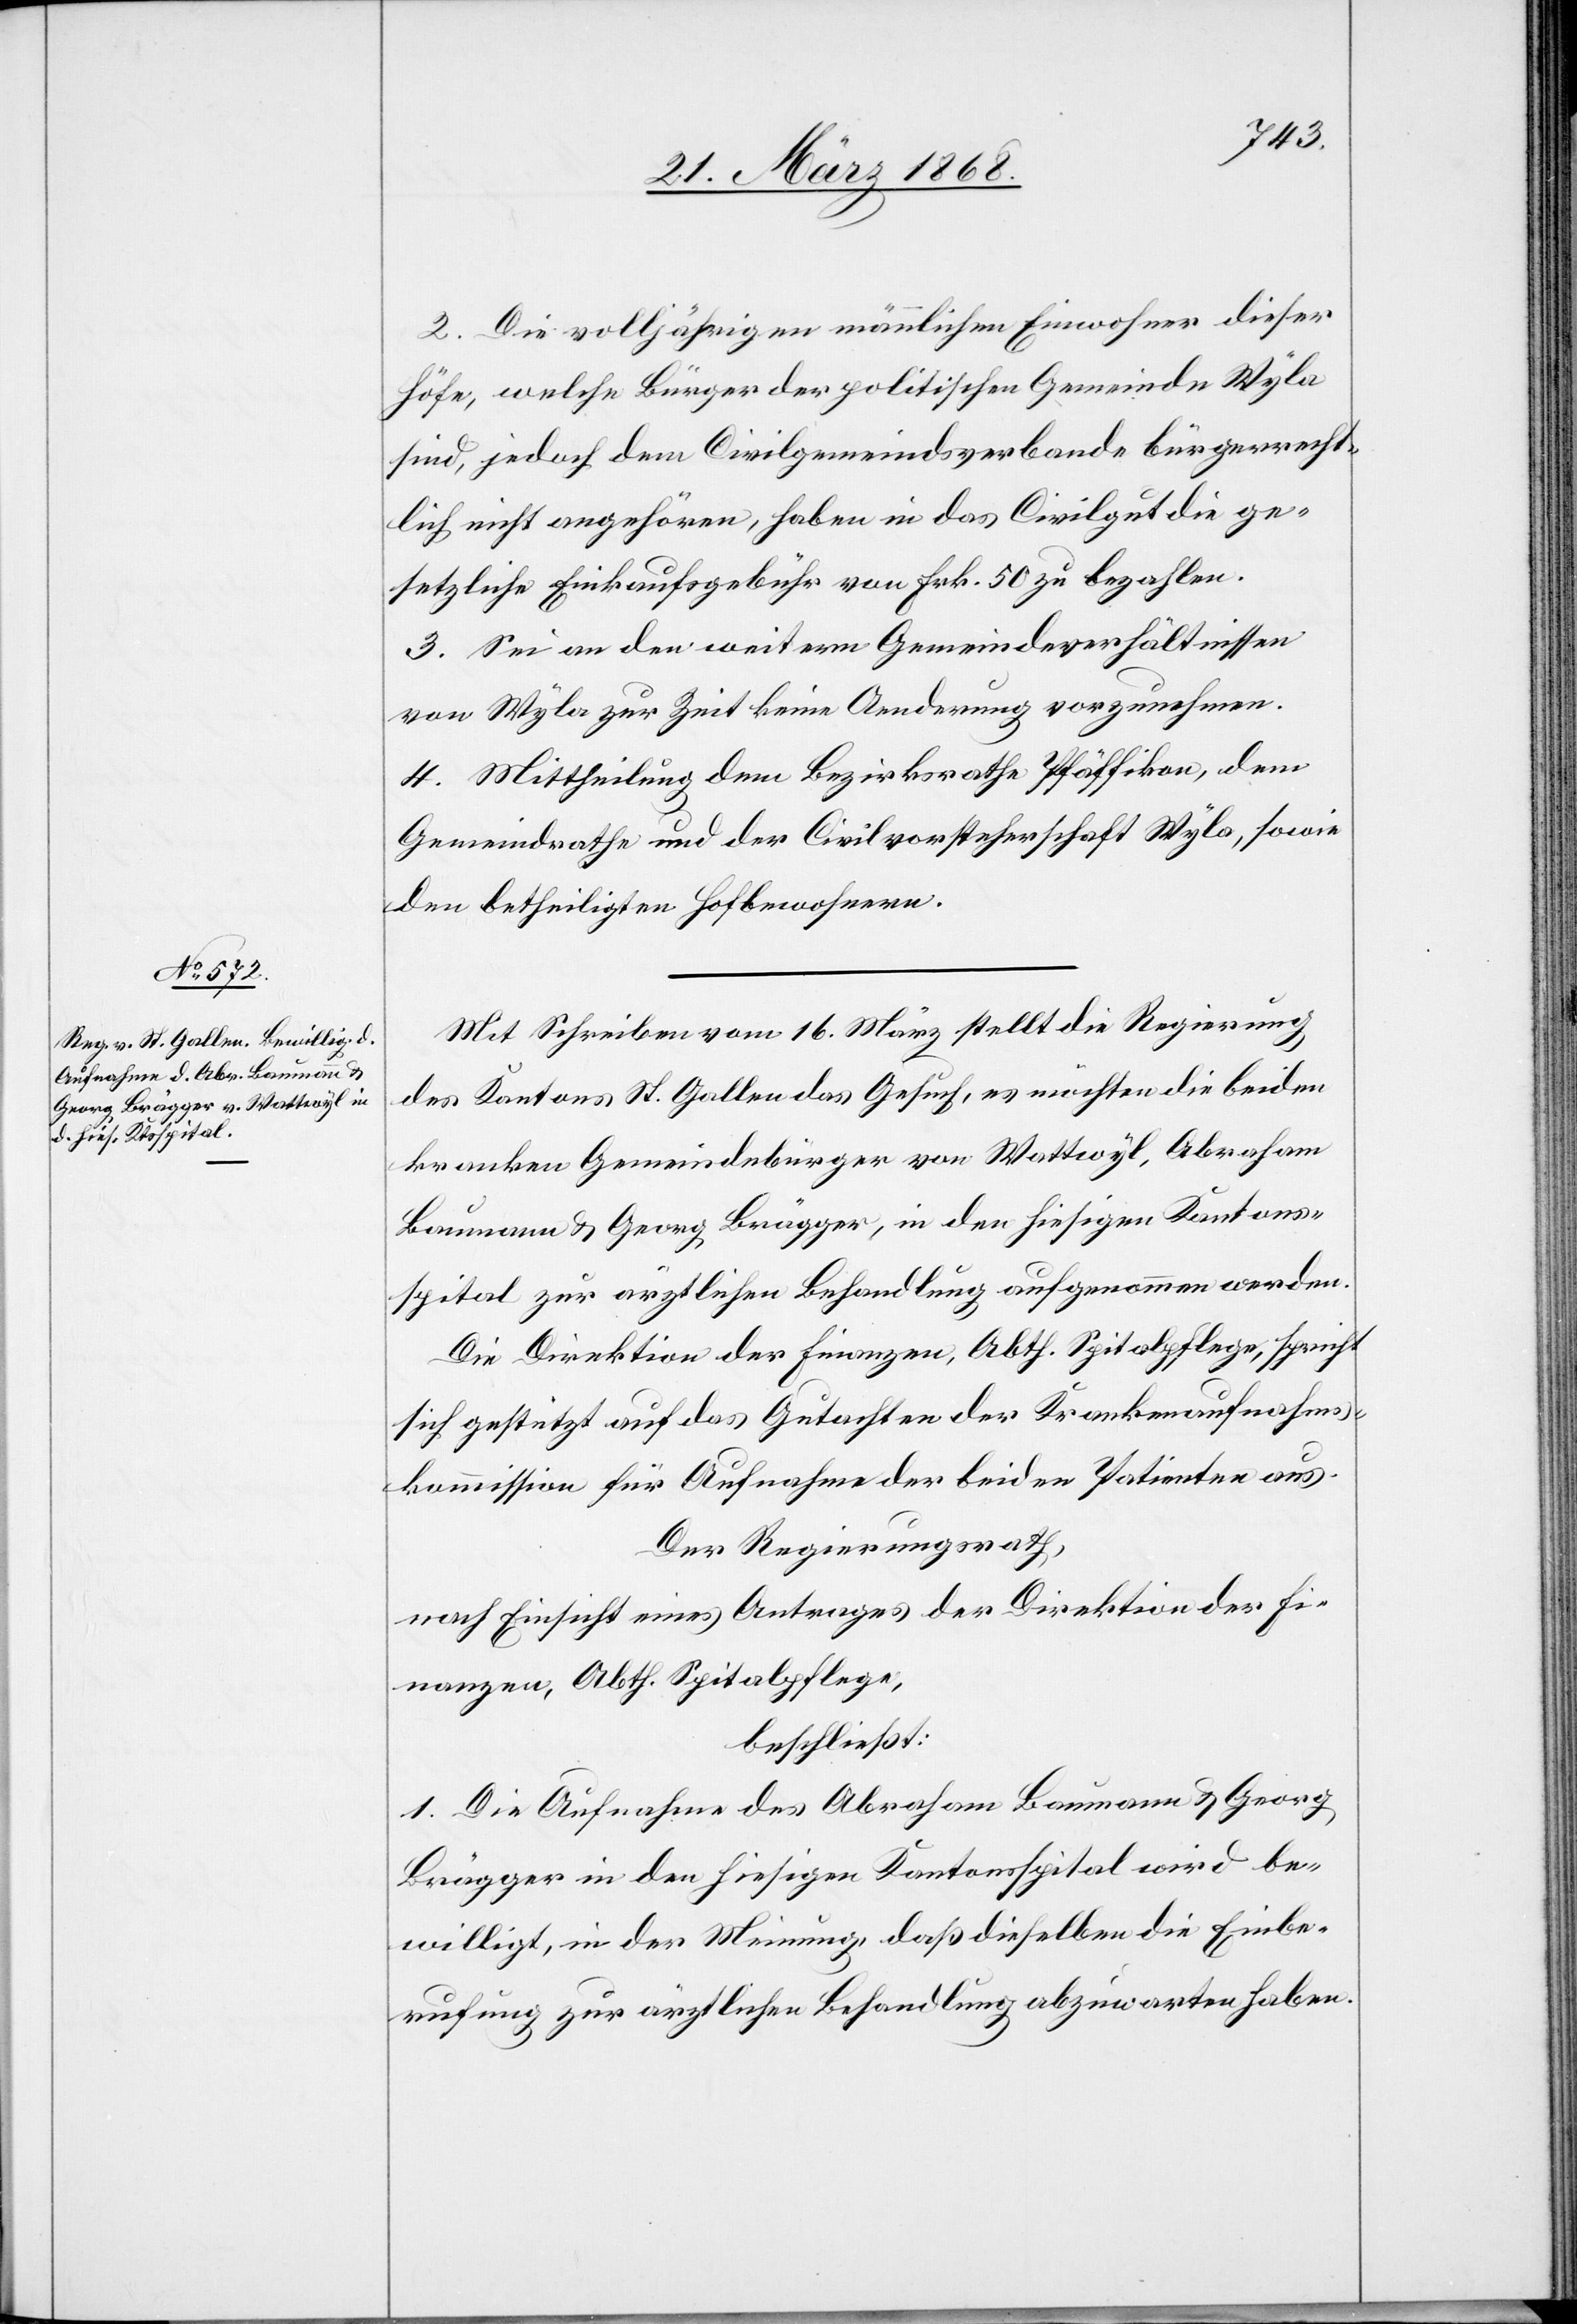
2. Die volljährigen männlichen Einwohner dieser
Höfe, welche Bürger der politischen Gemeinde Wyla
sind, jedoch dem Civilgemeindsverbande bürgerrecht¬
lich nicht angehören, haben in das Civilgut die ge¬
setzliche Einkaufsgebühr von Frk. 50 zu bezahlen.
3. Sei an den weitern Gemeindeverhältnissen
von Wyla zur Zeit keine Aenderung vorzunehmen.
4. Mittheilung dem Bezirksrathe Pfäffikon, dem
Gemeindrathe und der Civilvorsteherschaft Wyla, sowie
den betheiligten Hofbewohnern.
Mit Schreiben vom 16. März stellt die Regierung
des Kantons St. Gallen das Gesuch, es möchten die beiden
kranken Gemeindebürger von Wattwyl, Abraham
Baumann & Georg Brägger, in den hiesigen Kantons¬
spital zur ärztlichen Behandlung aufgenommen werden.
Die Direktion der Finanzen, Abth. Spitalpflege, spricht
sich gestützt auf das Gutachten der Krankenaufnahms¬
kommission für Aufnahme der beiden Patienten aus.
Der Regierungsrath,
nach Einsicht eines Antrages der Direktion der Fi¬
nanzen, Abth. Spitalpflege,
beschließt:
1. Die Aufnahme des Abraham Baumann & Georg
Brägger in den hiesigen Kantonsspital wird be¬
willigt, in der Meinung, daß dieselben die Einbe¬
rufung zur ärztlichen Behandlung abzuwarten haben.